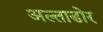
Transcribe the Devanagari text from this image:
अल्ताडोर